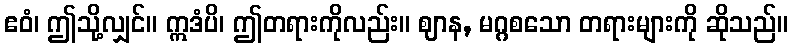
ဧဝံ၊ ဤသို့လျှင်။ ဣဒံပိ၊ ဤတရားကိုလည်း။ ဈာန, မဂ္ဂစသော တရားများကို ဆိုသည်။